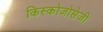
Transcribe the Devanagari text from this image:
किस्कोजोसेजी